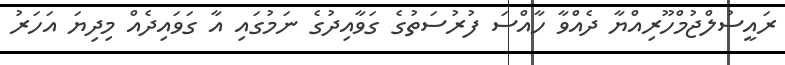
ރައީސުލްޖުމްހޫރިއްޔާ ދެއްވާ ހާއްސަ ފުރުސަތުގެ ގަވާއިދުގެ ނަމުގައި އާ ގަވައިދެއް މިދިޔަ އަހަރު